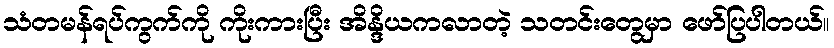
သံတမန်ရပ်ကွက်ကို ကိုးကားပြီး အိန္ဒိယကလာတဲ့ သတင်းတွေမှာ ဖော်ပြပါတယ်။